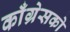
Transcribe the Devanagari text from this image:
काँग्रेसको